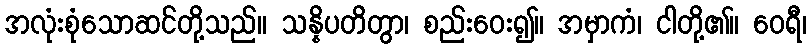
အလုံးစုံသောဆင်တို့သည်။ သန္နိပတိတွာ၊ စည်းဝေး၍။ အမှာကံ၊ ငါတို့၏။ ဝေရီ၊